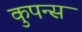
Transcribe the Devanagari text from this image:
कुपन्स